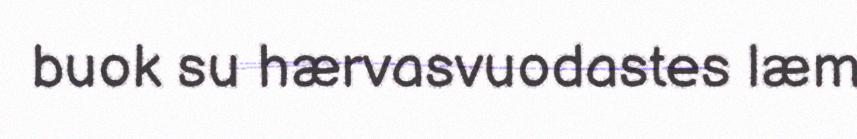
buok su hærvasvuodastes læm